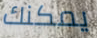
يمكنك